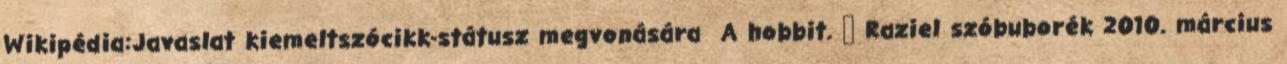
Wikipédia:Javaslat kiemeltszócikk-státusz megvonására A hobbit. → Raziel szóbuborék 2010. március